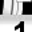
Digit: 1